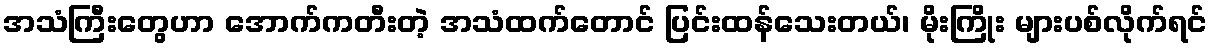
အသံကြီးတွေဟာ အောက်ကတီးတဲ့ အသံထက်တောင် ပြင်းထန်သေးတယ်၊ မိုးကြိုး များပစ်လိုက်ရင်